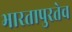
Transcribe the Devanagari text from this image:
भारतापुरतेच